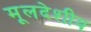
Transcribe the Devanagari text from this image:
मूलदेशीय